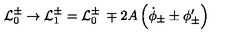
{ \cal L } _ { 0 } ^ { \pm } \rightarrow { \cal L } _ { 1 } ^ { \pm } = { \cal L } _ { 0 } ^ { \pm } \: \mp 2 A \left( \dot { \phi } _ { \pm } \pm \phi _ { \pm } ^ { \prime } \right)